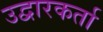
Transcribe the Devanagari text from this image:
उद्वारकर्ता